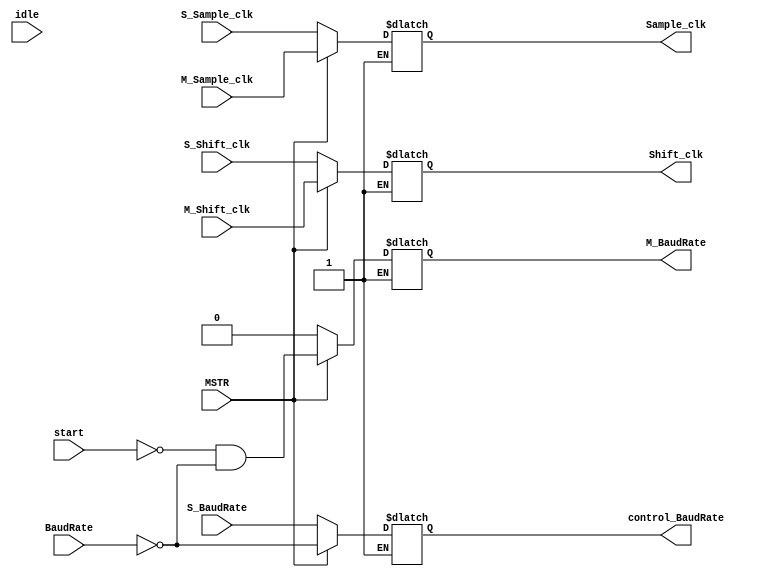
`default_nettype none
module Master_slave_select(
    input wire MSTR,
    input wire S_BaudRate,
    input wire BaudRate,
    input wire M_Shift_clk,
    input wire M_Sample_clk,
    input wire S_Shift_clk,
    input wire S_Sample_clk,
    input wire idle,
    input wire start,
    output reg M_BaudRate,
    output reg control_BaudRate,
    output reg Shift_clk,
    output reg Sample_clk
);
    
    always @(*) begin
        if (MSTR) begin
            M_BaudRate = ~start & ~BaudRate;
            control_BaudRate = ~BaudRate;
            Shift_clk = M_Shift_clk;
            Sample_clk = M_Sample_clk;
        end
        else if (~MSTR) begin
            M_BaudRate = 0;
            control_BaudRate = S_BaudRate;
            Shift_clk = S_Shift_clk;
            Sample_clk = S_Sample_clk;
        end
    end
endmodule